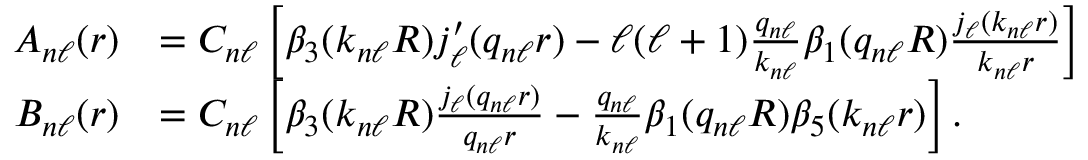
\begin{array} { r l } { A _ { n \ell } ( r ) } & { = C _ { n \ell } \left[ \beta _ { 3 } ( k _ { n \ell } R ) j _ { \ell } ^ { \prime } ( q _ { n \ell } r ) - \ell ( \ell + 1 ) \frac { q _ { n \ell } } { k _ { n \ell } } \beta _ { 1 } ( q _ { n \ell } R ) \frac { j _ { \ell } ( k _ { n \ell } r ) } { k _ { n \ell } r } \right] } \\ { B _ { n \ell } ( r ) } & { = C _ { n \ell } \left[ \beta _ { 3 } ( k _ { n \ell } R ) \frac { j _ { \ell } ( q _ { n \ell } r ) } { q _ { n \ell } r } - \frac { q _ { n \ell } } { k _ { n \ell } } \beta _ { 1 } ( q _ { n \ell } R ) \beta _ { 5 } ( k _ { n \ell } r ) \right] . } \end{array}